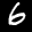
Label: 6